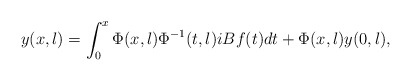
\begin{align*} y(x,\l) = \int_0^x \Phi(x,\l) \Phi^{-1}(t,\l)iBf(t)dt + \Phi(x,\l) y(0,\l),\end{align*}